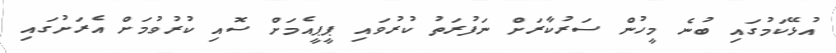
އުޅޭކަމުގައި ބުނެ މީހުން ސަރުކާރަށް ނަފުރަތު ކުރުވައި ޕީޕީއެމަށް ސޮއި ކުރުވުމަށް އެރަށުގައި